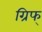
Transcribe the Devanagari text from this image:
ग्रिफ्